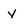
Character: Y